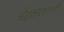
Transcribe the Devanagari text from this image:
मेहकरसाठी